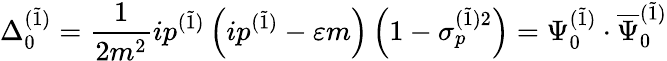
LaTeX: \Delta_{0}^{(\widetilde{1})}=\frac 1{2m^{2}}ip^{(\widetilde{1})}\left(ip^{(\widetilde{1})}-\varepsilon m\right)\left(1-\sigma_{p}^{(\widetilde{1})2}\right)=\Psi_{0}^{(\widetilde{1})}\cdot\overline{{{\Psi}}}_{0}^{(\widetilde{1})}